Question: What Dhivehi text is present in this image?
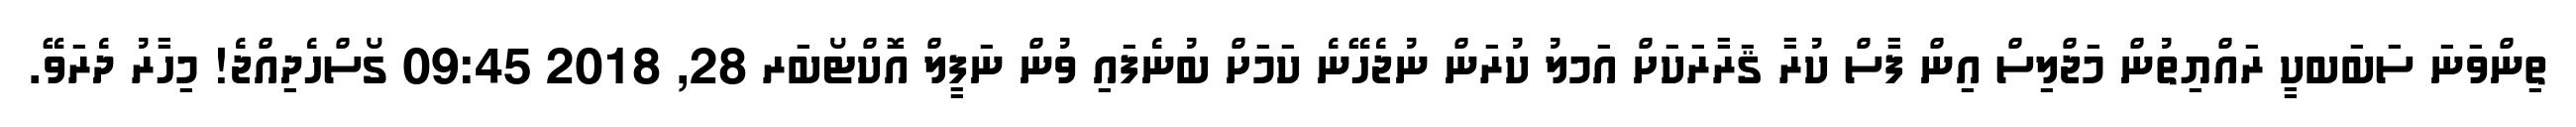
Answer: ތިންވަނަ ސަބަބކީ ރައްޔިތުން މަޖްލިސް އިން ފާސް ކުރާ ޤަރާރަކަށް އަމލު ކުރަން ނުޖެހޭނެ ކަމަށް ބުނެފައި ވުން ނަފީލް އޮކްޓޯބަރ 28, 2018 09:45 ގޯސްހެދިއްޖެ! މިހާރު ދެރަވޭ.